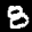
Label: 8